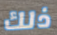
ذلك